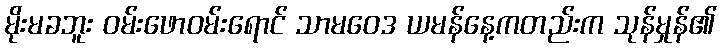
မိုးမခဘူး ဝမ်းဖောဝမ်းရောင် သာမဝေဒ ယမန်နေ့ကတည်းက သုန်မှုန်၏